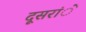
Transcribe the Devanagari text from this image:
दूसरांे